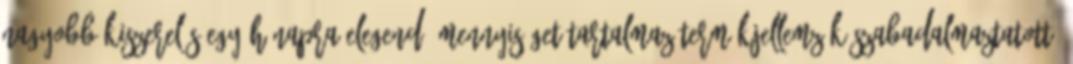
nagyobb kiszerelés egy hónapra elegendő mennyiséget tartalmaz Termékjellemzők Szabadalmaztatott,